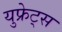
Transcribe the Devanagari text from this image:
युफ्रेट्स